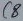
Text: C8